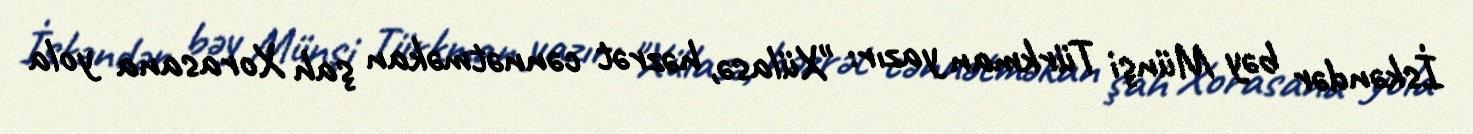
İskəndər bəy Münşi Türkman yazır: "Xülasə, həzrət cənnətməkan şah Xorasana yola